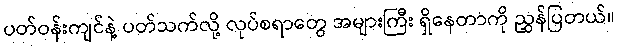
ပတ်ဝန်းကျင်နဲ့ ပတ်သက်လို့ လုပ်စရာတွေ အများကြီး ရှိနေတာကို ညွှန်ပြတယ်။